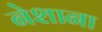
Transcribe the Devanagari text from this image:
नेशाना